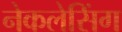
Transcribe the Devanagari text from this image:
नेकलेसिंग